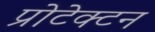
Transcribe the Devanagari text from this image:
प्रोटेक्टन